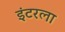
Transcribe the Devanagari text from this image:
इंटरला